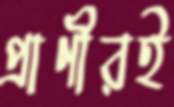
প্রাণীরই